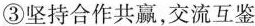
③坚持合作共赢，交流互鉴